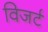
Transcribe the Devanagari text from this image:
विजर्ट